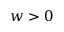
w > 0